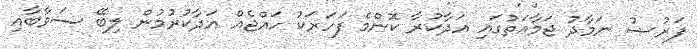
ފަރުޟު ނަމާދު ޖަމާޢަތުގައި އަދާކުރާ ކޮންމެ ފަހަރަކު ޙައްޖެއް އަދާކުރުމުން ލިބޭ ސަވާބާއި